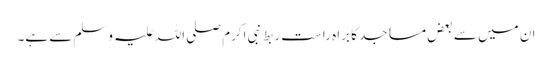
ان میں سے بعض مساجد کا براہ راست ربط نبی اکرم صلی اللہ علیہ وسلم سے ہے۔